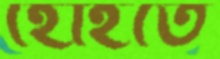
হোইতে